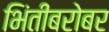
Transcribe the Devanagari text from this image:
भिंतीबरोबर